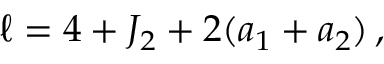
\ell = 4 + J _ { 2 } + 2 ( a _ { 1 } + a _ { 2 } ) \, ,